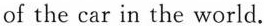
of the car in the world.